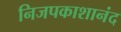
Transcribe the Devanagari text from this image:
निजपकाशानंद